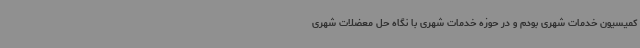
کمیسیون خدمات شهری بودم و در حوزه خدمات شهری با نگاه حل معضلات شهری